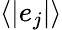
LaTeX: \langle|e_{j}|\rangle